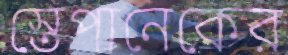
স্তেপানেকের